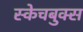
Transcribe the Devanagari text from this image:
स्केचबुक्स